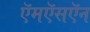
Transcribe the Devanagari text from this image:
ऍमऍसऍन